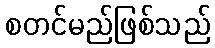
စတင်မည်ဖြစ်သည်